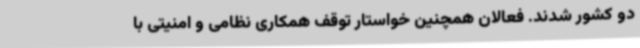
دو کشور شدند. فعالان همچنین خواستار توقف همکاری نظامی و امنیتی با